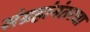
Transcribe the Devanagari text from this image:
संग्रहांनंतरचा